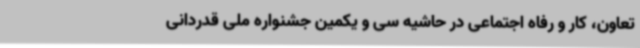
تعاون، کار و رفاه اجتماعی در حاشیه سی و یکمین جشنواره ملی قدردانی